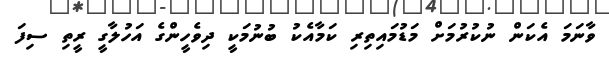
ވާނަމަ އެކަން ނުކުރުމަށް މަޑުމައިތިރި ކަމާއެކު ބުނުމަކީ ދިވެހީންގެ އަހުލާގީ ރީތި ސިފަ